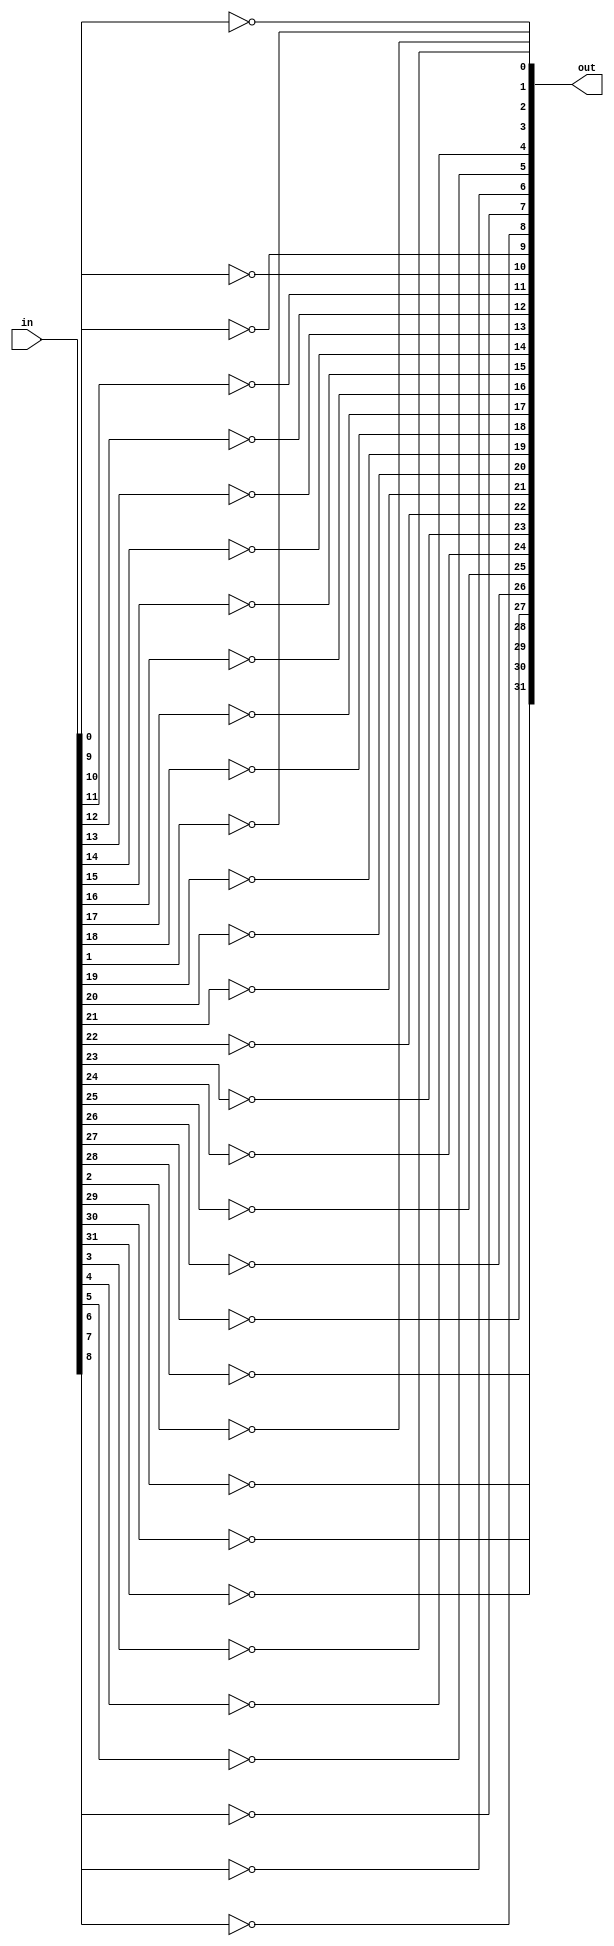
`timescale 1ns/10ps

module not32(
  input [31:0] in,
  output [31:0] out
);
  
  genvar i;
  generate
    for(i=0; i < 32; i=i+1)
      begin : loop
       	assign out[i] = !in[i];
      end
  endgenerate
endmodule